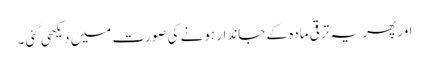
اور پھر یہ ترقی مادہ کے جاندار ہونے کی صورت میں دیکھی گئی۔